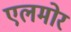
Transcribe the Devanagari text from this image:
एलमोर